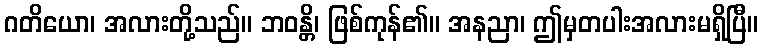
ဂတိယော၊ အလားတို့သည်။ ဘဝန္တိ၊ ဖြစ်ကုန်၏။ အနညာ၊ ဤမှတပါးအလားမရှိပြီ။